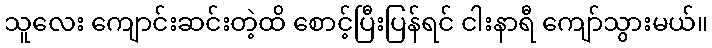
သူလေး ကျောင်းဆင်းတဲ့ထိ စောင့်ပြီးပြန်ရင် ငါးနာရီ ကျော်သွားမယ်။